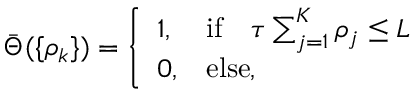
\bar { \Theta } ( \{ \rho _ { k } \} ) = \left\{ \begin{array} { l l } { { 1 , } } & { { \mathrm { i f } \quad \tau \sum _ { j = 1 } ^ { K } \rho _ { j } \le L } } \\ { { 0 , } } & { { \mathrm { e l s e } , } } \end{array} \right.